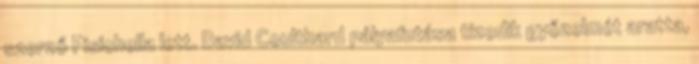
szerző Fisichella lett. David Coulthard pályafutása tizedik győzelmét aratta,